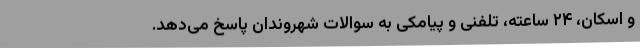
و اسکان، ۲۴ ساعته، تلفنی و پیامکی به سوالات شهروندان پاسخ می‌دهد.